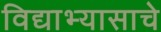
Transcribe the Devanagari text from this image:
विद्याभ्यासाचे